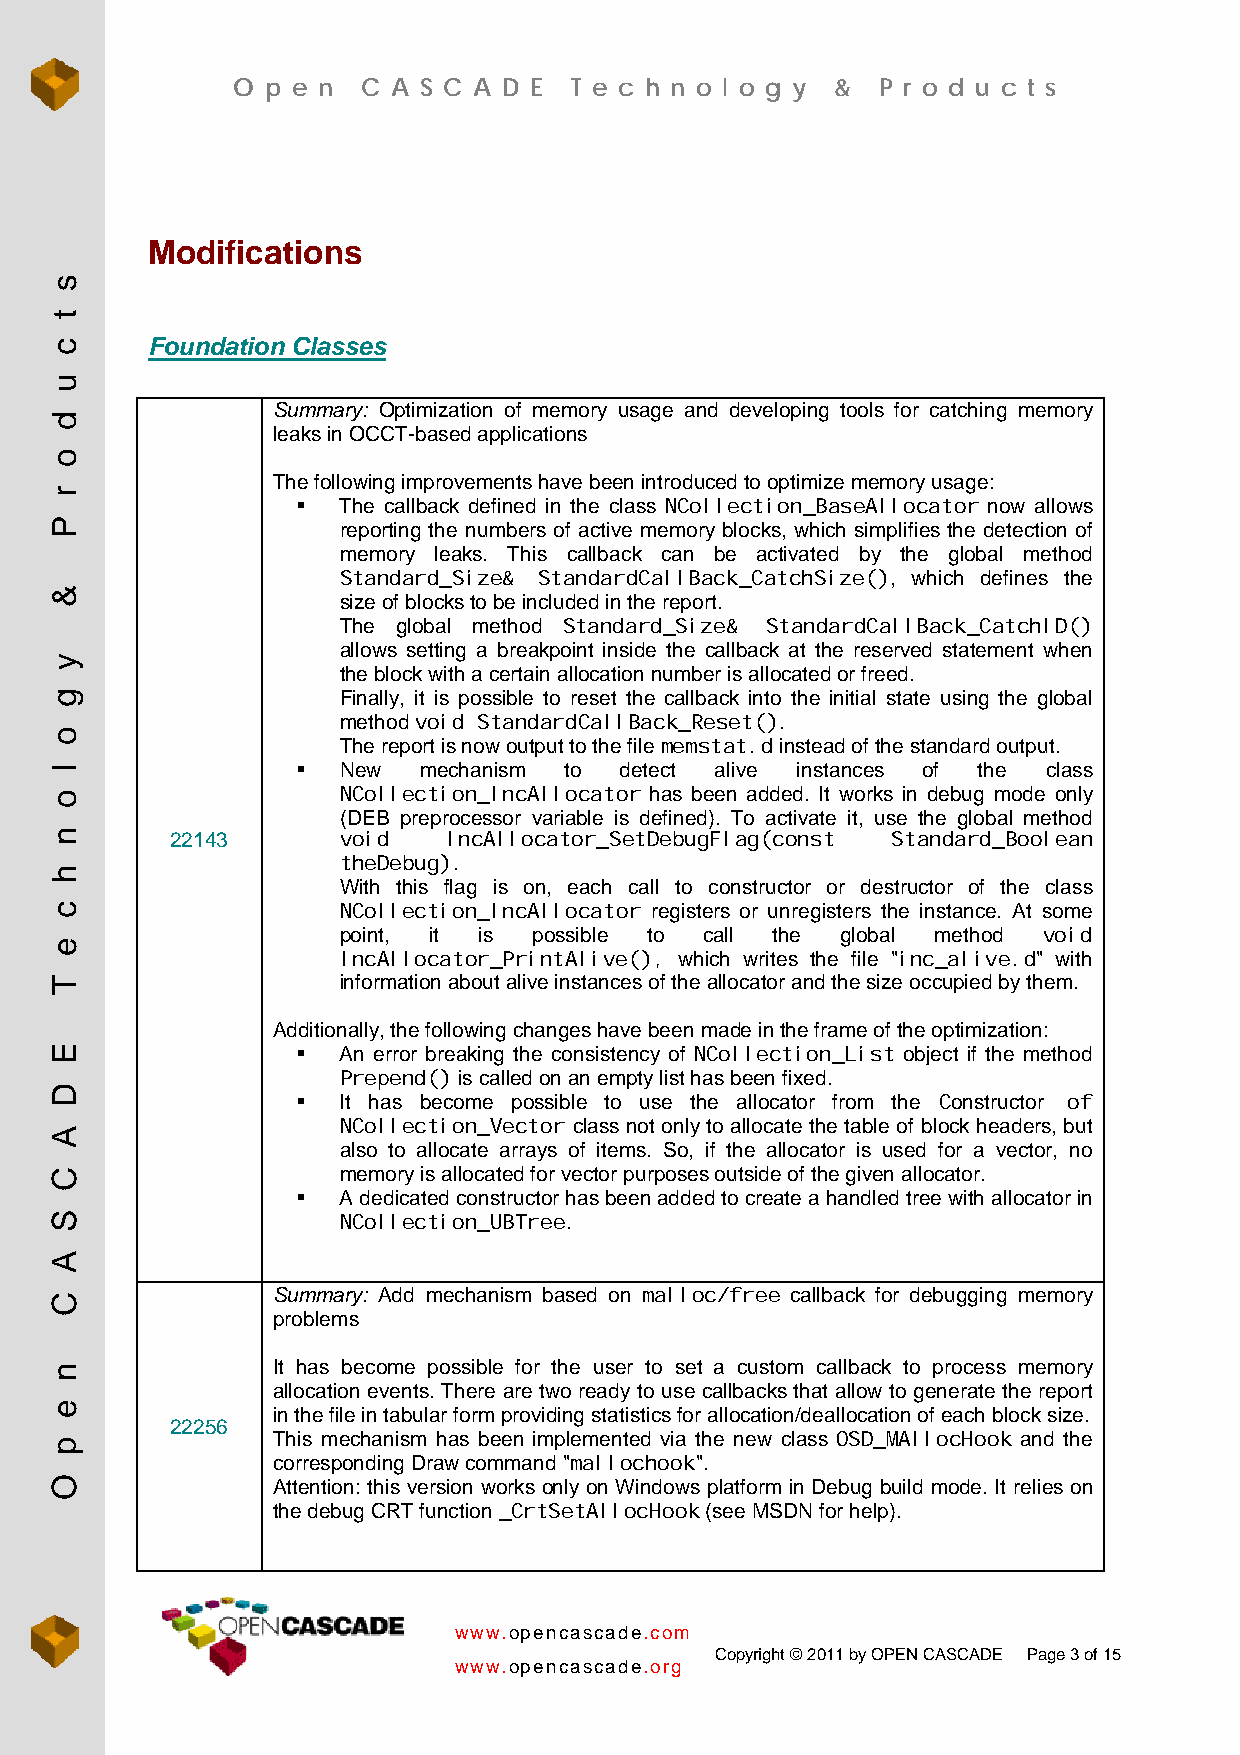
O  p e n C A S C A D E T e c h n o l o g y & P r o d u c t s
 Modifications
 Foundation Classes
 Summary: Optimization of memory usage and developing tools for catching memory
 leaks in OCCT-based applications
 The following improvements have been introduced to optimize memory usage:
  The callback defined in the class NCollection_BaseAllocator now allows
 reporting the numbers of active memory blocks, which simplifies the detection of
 memory leaks. This callback can be activated by the global method
 Standard_Size& StandardCallBack_CatchSize(), which defines the
 size of blocks to be included in the report.
 The global method Standard_Size& StandardCallBack_CatchID()
 allows setting a breakpoint inside the callback at the reserved statement when
 the block with a certain allocation number is allocated or freed.
 Finally, it is possible to reset the callback into the initial state using the global
 method void StandardCallBack_Reset().
 The report is now output to the file memstat.d instead of the standard output.
  New   mechanism to detect alive instances of the class
 NCollection_IncAllocator has been added. It works in debug mode only
 (DEB preprocessor variable is defined). To activate it, use the global method
 22143      void    IncAllocator_SetDebugFlag(const Standard_Boolean
 theDebug).
 With this flag is on, each call to constructor or destructor of the class
 NCollection_IncAllocator registers or unregisters the instance. At some
 point, it is possible to call the global method void
 IncAllocator_PrintAlive(), which writes the file "inc_alive.d" with
 information about alive instances of the allocator and the size occupied by them.
 Additionally, the following changes have been made in the frame of the optimization:
  An error breaking the consistency of NCollection_List object if the method
 Prepend() is called on an empty list has been fixed.
  It has become possible to use the allocator from the Constructor of
 NCollection_Vector class not only to allocate the table of block headers, but
 also to allocate arrays of items. So, if the allocator is used for a vector, no
 memory is allocated for vector purposes outside of the given allocator.
  A dedicated constructor has been added to create a handled tree with allocator in
 NCollection_UBTree.
 Summary: Add mechanism based on malloc/free callback for debugging memory
 problems
 It has become possible for the user to set a custom callback to process memory
 allocation events. There are two ready to use callbacks that allow to generate the report
 in the file in tabular form providing statistics for allocation/deallocation of each block size.
 22256
 This mechanism has been implemented via the new class OSD_MAllocHook and the
 corresponding Draw command "mallochook".
 Attention: this version works only on Windows platform in Debug build mode. It relies on
 the debug CRT function _CrtSetAllocHook (see MSDN for help).
 www.opencascade.com
 Copyright © 2011 by OPEN CASCADE Page 3 of 15
 www.opencascade.org
 s
 t
 c
 u
 d
 o
 r
 P
 &
 y
 g
 o
 l
 o
 n
 h
 c
 e
 T
 E
 D
 A
 C
 S
 A
 C
 n
 e
 p
 O